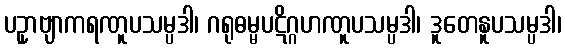
ပဥှာဗျာကရဏူပသမ္ပဒါ၊ ဂရုဓမ္မပဋိဂ္ဂဟဏူပသမ္ပဒါ၊ ဒူတေနူပသမ္ပဒါ၊